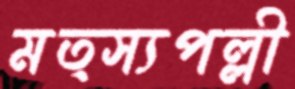
মত্স্যপল্লী